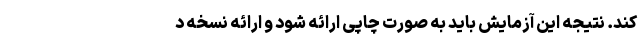
کند. نتیجه این آزمایش باید به ‌صورت چاپی ارائه شود و ارائه نسخه د